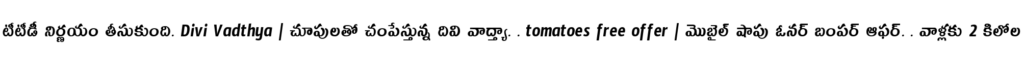
టీటీడీ నిర్ణయం తీసుకుంది. Divi Vadthya | చూపులతో చంపేస్తున్న దివి వాద్త్యా. . tomatoes free offer | మొబైల్ షాపు ఓనర్ బంపర్ ఆఫర్. . వాళ్లకు 2 కిలోల